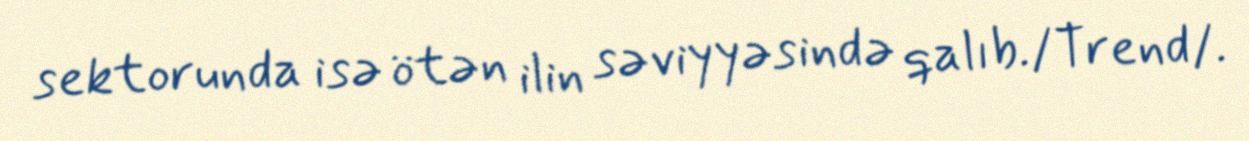
sektorunda isə ötən ilin səviyyəsində qalıb./Trend/.